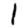
Digit: 1